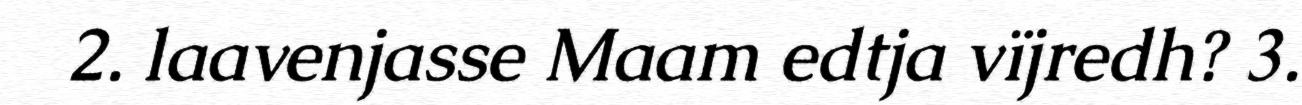
2. laavenjasse Maam edtja vïjredh? 3.